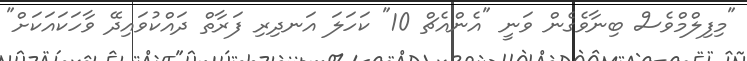
"މިފިލްމްވެސް ބިނާވެގެން ވަނީ "އެންއެޗް 10" ކަހަލަ އަނދިރި ފަރާތް ދައްކުވައިދޭ ވާހަކައަކަށް"